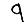
Digit: 9